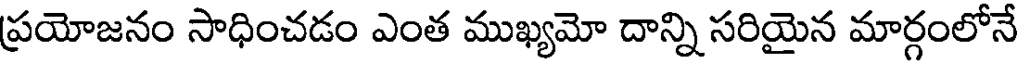
ప్రయోజనం సాధించడం ఎంత ముఖ్యమో దాన్ని సరియైన మార్గంలోనే